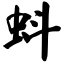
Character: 蚪